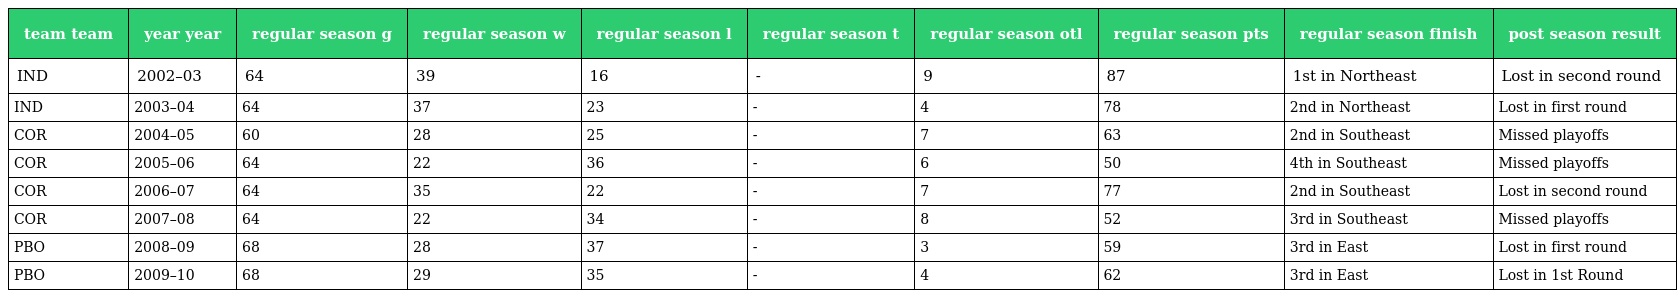
| team team | year year | regular season g | regular season w | regular season l | regular season t | regular season otl | regular season pts | regular season finish | post season result |
 | --- | --- | --- | --- | --- | --- | --- | --- | --- | --- |
 | IND | 2002–03 | 64 | 39 | 16 | - | 9 | 87 | 1st in Northeast | Lost in second round |
 | IND | 2003–04 | 64 | 37 | 23 | - | 4 | 78 | 2nd in Northeast | Lost in first round |
 | COR | 2004–05 | 60 | 28 | 25 | - | 7 | 63 | 2nd in Southeast | Missed playoffs |
 | COR | 2005–06 | 64 | 22 | 36 | - | 6 | 50 | 4th in Southeast | Missed playoffs |
 | COR | 2006–07 | 64 | 35 | 22 | - | 7 | 77 | 2nd in Southeast | Lost in second round |
 | COR | 2007–08 | 64 | 22 | 34 | - | 8 | 52 | 3rd in Southeast | Missed playoffs |
 | PBO | 2008–09 | 68 | 28 | 37 | - | 3 | 59 | 3rd in East | Lost in first round |
 | PBO | 2009–10 | 68 | 29 | 35 | - | 4 | 62 | 3rd in East | Lost in 1st Round |